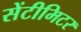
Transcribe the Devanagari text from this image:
सेंटीमिटर